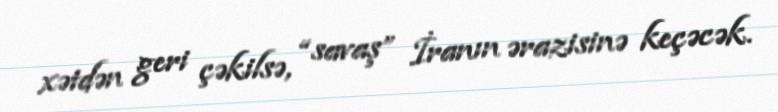
xətdən geri çəkilsə, “savaş” İranın ərazisinə keçəcək.